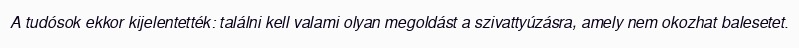
A tudósok ekkor kijelentették: találni kell valami olyan megoldást a szivattyúzásra, amely nem okozhat balesetet.